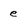
Character: e